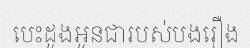
បេះដូងអូនជារបស់បងរឿង